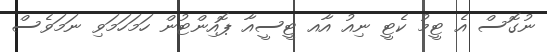
ނުގޮސް އެ ޓީމު ކެޓީ ނިއު އާއ ޓީސީއާ ޕޮއިންޓުން ހަމަހަމަވި ނަމަވެސް